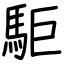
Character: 駏